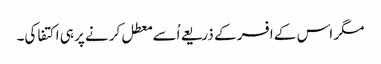
مگر اس کے افسر کے ذریعے اُسے معطل کرنے پر ہی اکتفا کی۔